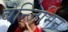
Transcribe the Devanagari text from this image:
बेन्जिमिन